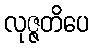
လုဇ္ဇတိပေ